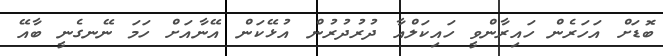
ބޮޑަށް އަހަރެން ހައިރާންވީ ހައިކަލްއާ ދުރުދުރުން އުޅޭކަން އޭނާއަށް ހަމަ ނޭނގެނީ ބާއޭ